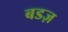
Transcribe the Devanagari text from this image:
बडज़